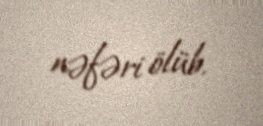
nəfəri ölüb.